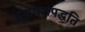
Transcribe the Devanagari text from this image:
ब्रह्मयज्ञपद्धति